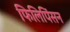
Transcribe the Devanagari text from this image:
फिलिपिंसन